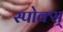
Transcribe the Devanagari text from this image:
स्पोक्स्